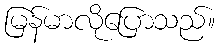
မြန်မာလိုပြောသည်။